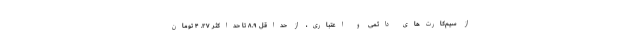
از سیم‌کارت‌های دائمی و اعتباری، از حداقل ۸.۹ تا حداکثر ۲۷. ۴ تومان